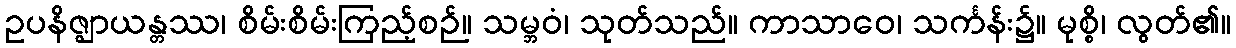
ဥပနိဇ္ဈာယန္တဿ၊ စိမ်းစိမ်းကြည့်စဉ်။ သမ္ဘဝံ၊ သုတ်သည်။ ကာသာဝေ၊ သင်္ကန်း၌။ မုစ္စိ၊ လွတ်၏။